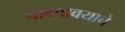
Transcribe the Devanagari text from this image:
वाढवावयाचे